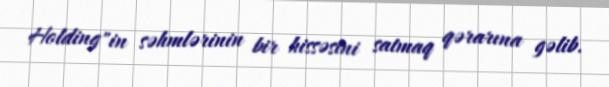
Holding"in səhmlərinin bir hissəsini satmaq qərarına gəlib.